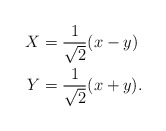
\begin{align*} X &= \frac{1}{\sqrt{2}}(x-y) \\ Y &= \frac{1}{\sqrt{2}}(x+y).\end{align*}